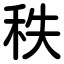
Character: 秩